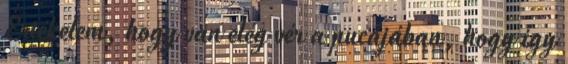
Értékelem, hogy van elég vér a pucájában, hogy így